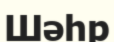
Шәһр